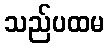
သည်ပထမ